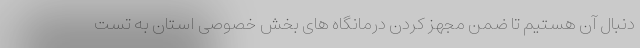
دنبال آن هستیم تا ضمن مجهز کردن درمانگاه های بخش خصوصی استان به تست